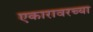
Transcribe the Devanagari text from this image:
एकारावरच्या